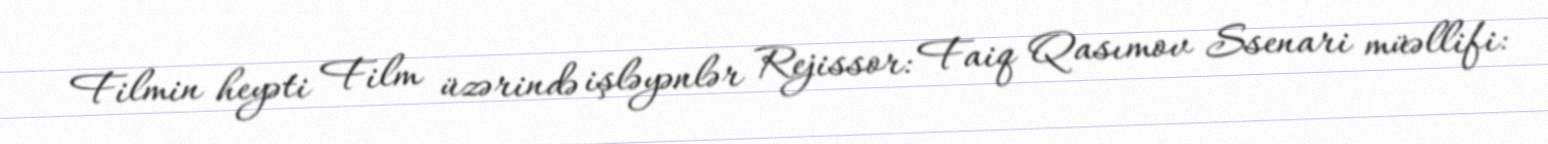
Filmin heyəti Film üzərində işləyənlər Rejissor: Faiq Qasımov Ssenari müəllifi: